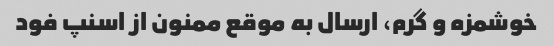
خوشمزه و گرم، ارسال به موقع ممنون از اسنپ فود